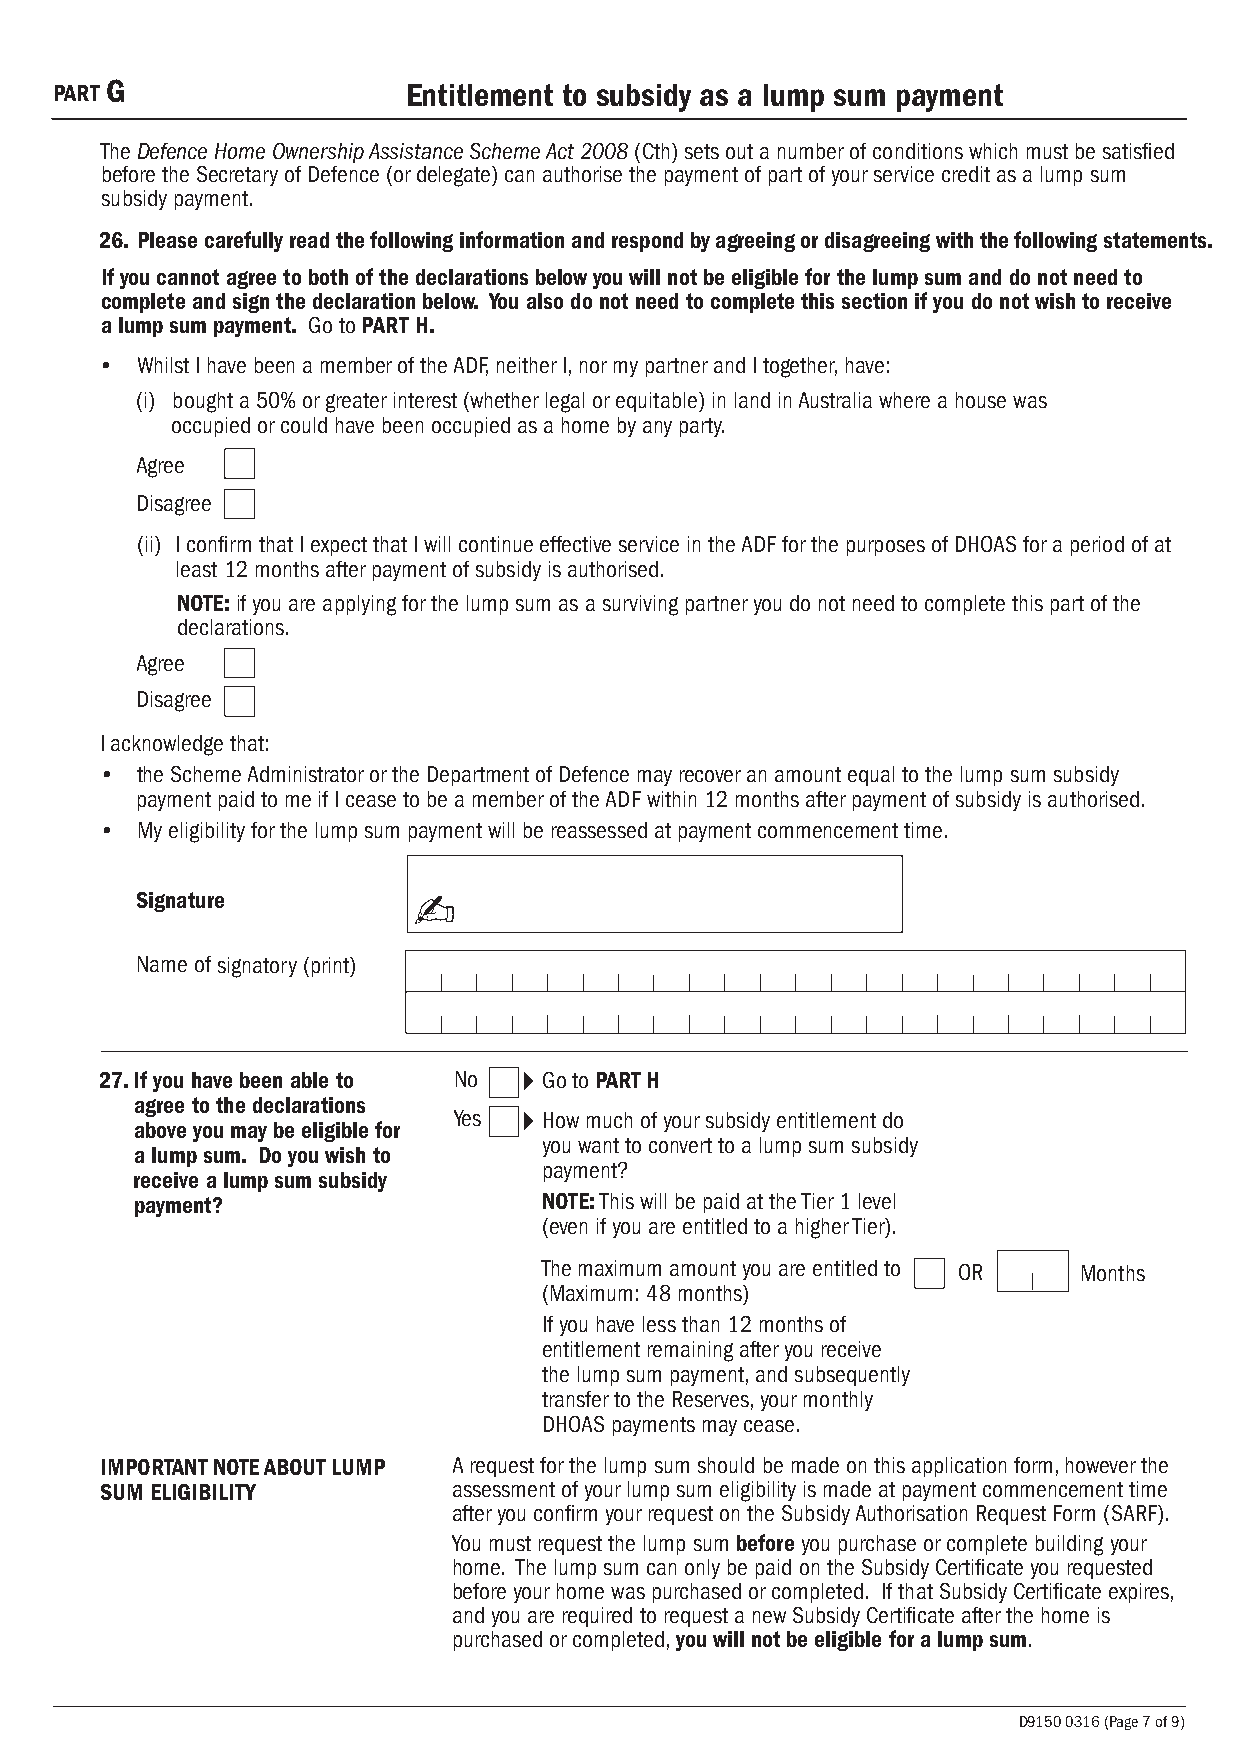
PART G                 Entitlement to subsidy as a lump sum payment
 The Defence Home Ownership Assistance Scheme Act 2008 (Cth) sets out a number of conditions which must be satisfied
 before the Secretary of Defence (or delegate) can authorise the payment of part of your service credit as a lump sum
 subsidy payment.
 26. Please carefully read the following information and respond by agreeing or disagreeing with the following statements.
 If you cannot agree to both of the declarations below you will not be eligible for the lump sum and do not need to
 complete and sign the declaration below. You also do not need to complete this section if you do not wish to receive
 a lump sum payment. Go to PART H.
 • Whilst I have been a member of the ADF, neither I, nor my partner and I together, have:
 (i) bought a 50% or greater interest (whether legal or equitable) in land in Australia where a house was
 occupied or could have been occupied as a home by any party.
 Agree
 Disagree
 (ii) I confirm that I expect that I will continue effective service in the ADF for the purposes of DHOAS for a period of at
 least 12 months after payment of subsidy is authorised.
 NOTE: if you are applying for the lump sum as a surviving partner you do not need to complete this part of the
 declarations.
 Agree
 Disagree
 I acknowledge that:
 • the Scheme Administrator or the Department of Defence may recover an amount equal to the lump sum subsidy
 payment paid to me if I cease to be a member of the ADF within 12 months after payment of subsidy is authorised.
 • My eligibility for the lump sum payment will be reassessed at payment commencement time.
 Signature         ✍
 Name ofsignatory(print)
 27. If you have been able to No Go to PART H
 agree to the declarations
 Yes   How much of your subsidy entitlement do
 above you may be eligible for
 you want to convert to a lump sum subsidy
 a lump sum. Do you wish to
 payment?
 receive a lump sum subsidy
 payment?                   NOTE: This will be paid at the Tier 1 level
 (even if you are entitled to a higher Tier).
 The maximum amount you are entitled to OR Months
 (Maximum: 48 months)
 If you have less than 12 months of
 entitlement remaining after you receive
 the lump sum payment, and subsequently
 transfer to the Reserves, your monthly
 DHOAS payments may cease.
 IMPORTANT NOTE ABOUT LUMP A request for the lump sum should be made on this application form, however the
 SUM ELIGIBILITY        assessment of your lump sum eligibility is made at payment commencement time
 after you confirm your request on the Subsidy Authorisation Request Form (SARF).
 You must request the lump sum before you purchase or complete building your
 home. The lump sum can only be paid on the Subsidy Certificate you requested
 before your home was purchased or completed. If that Subsidy Certificate expires,
 and you are required to request a new Subsidy Certificate after the home is
 purchased or completed, you will not be eligible for a lump sum.
 D9150 0316 (Page 7 of 9)